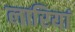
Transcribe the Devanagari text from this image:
लारियां